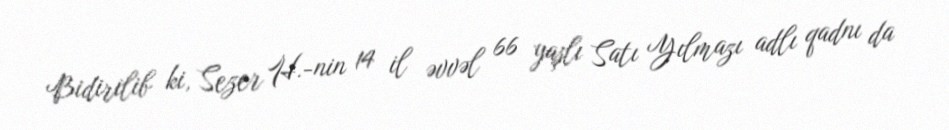
Bidirilib ki, Sezer H.-nin 14 il əvvəl 66 yaşlı Satı Yılmazı adlı qadnı da